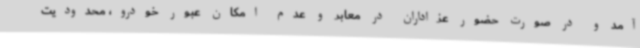
آمد و در صورت حضور عزاداران در معابر و عدم امکان عبور خودرو، محدودیت